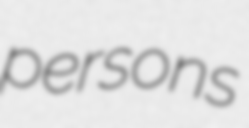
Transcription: persons